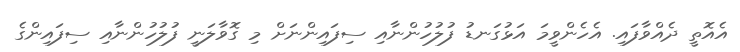
އެއޮތީ ދެއްވާފައި. އެހެންވީމަ އަޅުގަނޑު ފުލުހުންނާއި ސިފައިންނަށް މި ގޮވާލަނީ ފުލުހުންނާއި ސިފައިންގެ